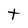
Character: t